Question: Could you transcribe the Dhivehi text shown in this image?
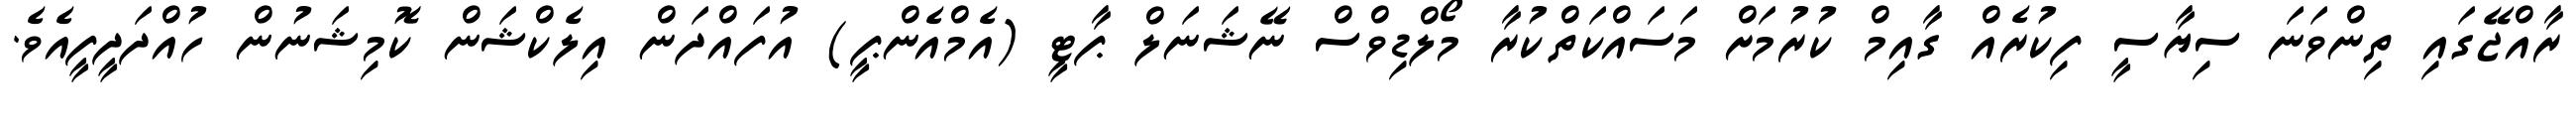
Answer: ރާއްޖޭގައި ތިންވަނަ ސިޔާސީ ފިކުރެއް ގާއިމް ކުރުމަށް މަސައްކަތްކުރާ މޯލްޑިވްސް ނޭޝަނަލް ޕާޓީ (އެމްއެންޕީ) އުފައްދަން އިލެކްޝަން ކޮމިޝަނުން ހުއްދަދީފީއެވެ.